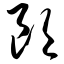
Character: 朗